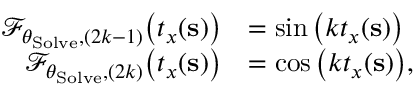
\begin{array} { r l } { \mathcal { F } _ { \theta _ { \mathrm { S o l v e } } , ( 2 k - 1 ) } \big ( \boldsymbol { t } _ { \boldsymbol { x } } ( \mathbf { s } ) \big ) } & { = \sin \big ( k \boldsymbol { t } _ { \boldsymbol { x } } ( \mathbf { s } ) \big ) } \\ { \mathcal { F } _ { \theta _ { \mathrm { S o l v e } } , ( 2 k ) } \big ( \boldsymbol { t } _ { \boldsymbol { x } } ( \mathbf { s } ) \big ) } & { = \cos \big ( k \boldsymbol { t } _ { \boldsymbol { x } } ( \mathbf { s } ) \big ) , } \end{array}